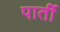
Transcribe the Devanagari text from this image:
पार्ती